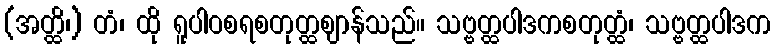
(အတ္ထိ၊) တံ၊ ထို ရူပါဝစရစတုတ္ထဈာန်သည်။ သဗ္ဗတ္ထပါဒကစတုတ္ထံ၊ သဗ္ဗတ္ထပါဒက